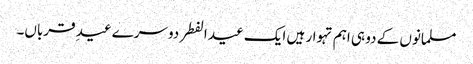
مسلمانوں کے دو ہی اہم تہوار ہیں ایک عید الفطر دوسرے عیدِ قرباں۔